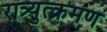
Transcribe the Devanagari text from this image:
रात्र्युत्क्रमण